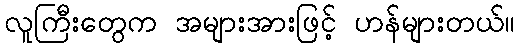
လူကြီးတွေက အများအားဖြင့် ဟန်များတယ်။